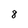
Character: 8